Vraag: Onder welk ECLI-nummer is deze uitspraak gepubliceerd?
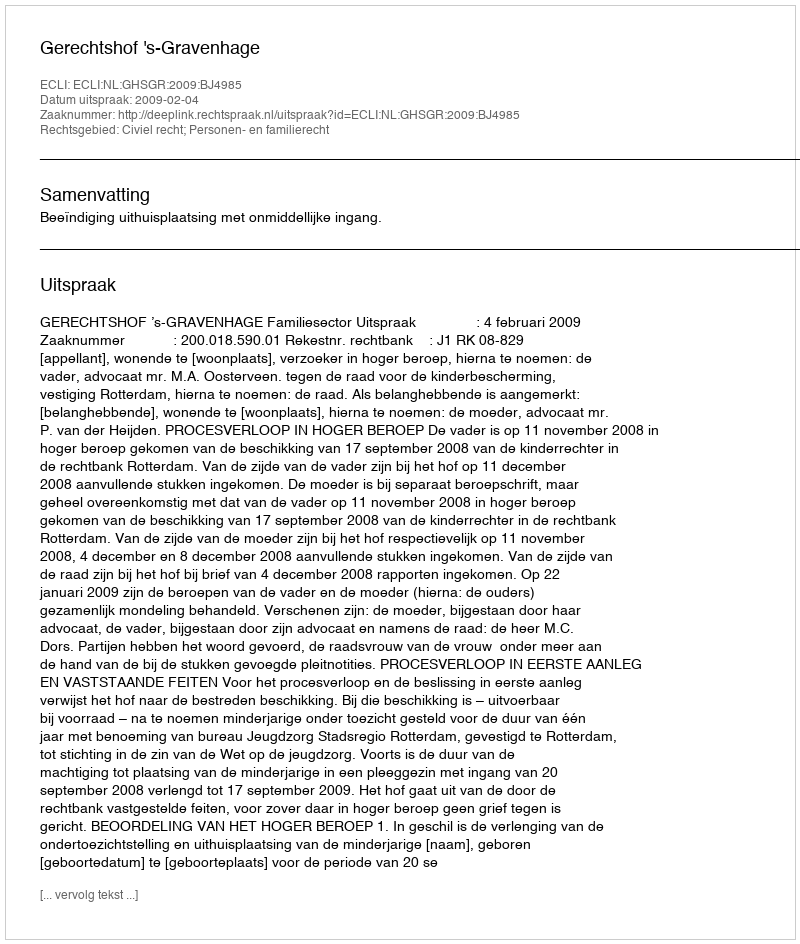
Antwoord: ECLI:NL:GHSGR:2009:BJ4985